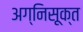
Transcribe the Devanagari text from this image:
अग्निसूक्त